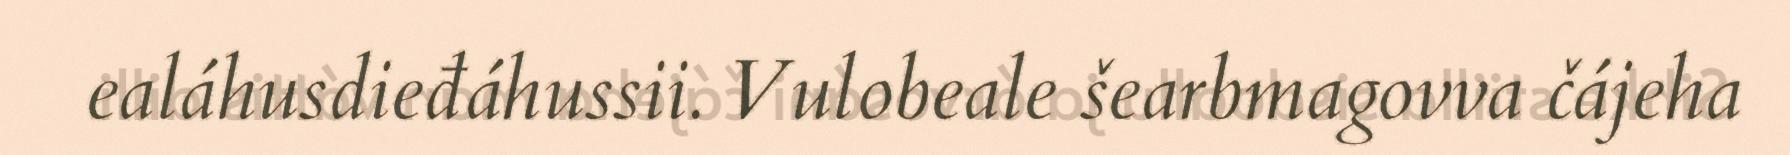
ealáhusdieđáhussii. Vulobeale šearbmagovva čájeha